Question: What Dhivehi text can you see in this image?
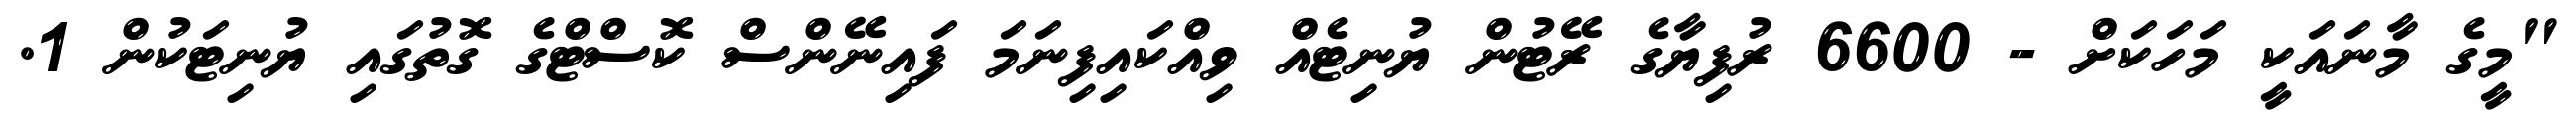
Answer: "މީގެ މާނައަކީ މަހަކަށް - 6600 ރުފިޔާގެ ރޭޓުން ޔުނިޓެއް ވިއްކައިފިނަމަ ފައިނޭންސް ކޮސްޓްގެ ގޮތުގައި ޔުނިޓަކުން 1.